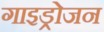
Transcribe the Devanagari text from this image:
गाइड्रोजन